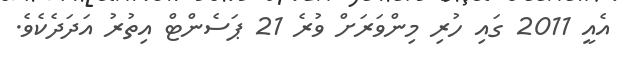
އެއީ 2011 ގައި ހުރި މިންވަރަށް ވުރެ 21 ޕަސެންޓް އިތުރު އަދަދެކެވެ.